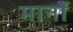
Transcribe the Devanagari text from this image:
मानोँ